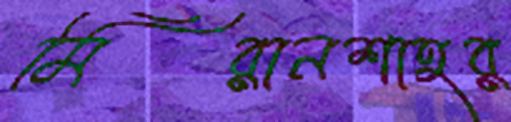
মিরানশাহর